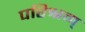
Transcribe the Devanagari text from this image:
परिश्रम्